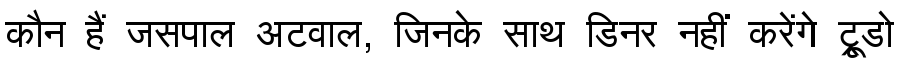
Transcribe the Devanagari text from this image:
कौन हैं जसपाल अटवाल, जिनके साथ डिनर नहीं करेंगे ट्रूडो